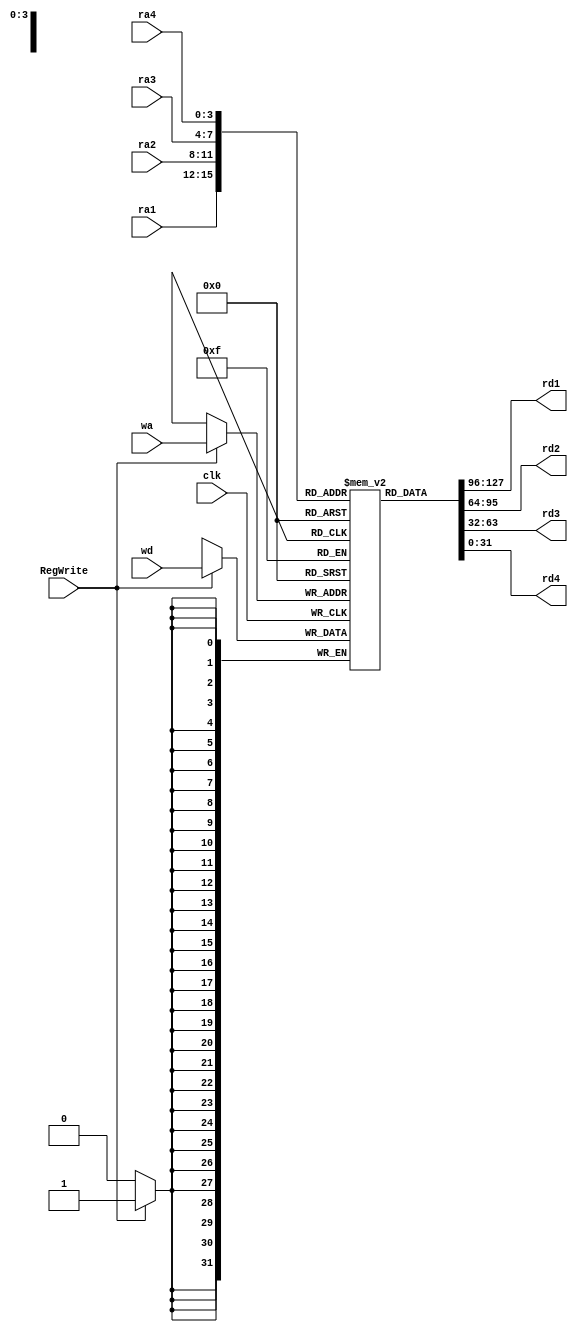
module rf(
	clk,
	RegWrite,wa,wd,
	ra1,ra2,ra3,ra4,
	rd1,rd2,rd3,rd4
);

	input clk;
	input RegWrite;
	input [3:0] wa,ra1,ra2,ra3,ra4;		
	input [31:0] wd; 	
	output [31:0] rd1,rd2,rd3,rd4; 	

	reg [31:0] memory [15:0]; 	

	assign rd1 = memory[ra1];
	assign rd2 = memory[ra2];
	assign rd3 = memory[ra3];
	assign rd4 = memory[ra4];

	always@(posedge clk)begin
		if(RegWrite==1'b1)begin
			memory[wa]<=wd;
		end
	end
	
endmodule